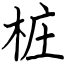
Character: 桩